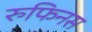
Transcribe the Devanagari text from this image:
रुफिनस